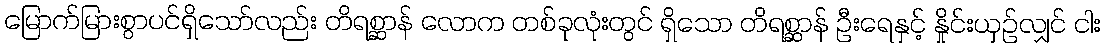
မြောက်မြားစွာပင်ရှိသော်လည်း တိရစ္ဆာန် လောက တစ်ခုလုံးတွင် ရှိသော တိရစ္ဆာန် ဦးရေနှင့် နှိုင်းယှဉ်လျှင် ငါး